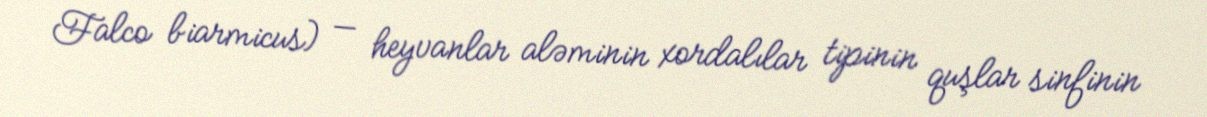
Falco biarmicus) — heyvanlar aləminin xordalılar tipinin quşlar sinfinin